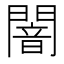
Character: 闇